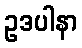
ဥဒပါနာ